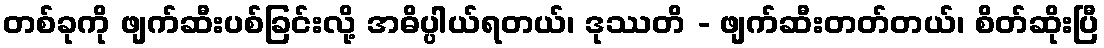
တစ်ခုကို ဖျက်ဆီးပစ်ခြင်းလို့ အဓိပ္ပါယ်ရတယ်၊ ဒုဿတိ - ဖျက်ဆီးတတ်တယ်၊ စိတ်ဆိုးပြီ